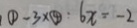
\textcircled { 1 } - 3 \times \textcircled { 4 } : 6 x = - 2